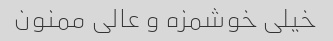
خیلی خوشمزه و عالی ممنون